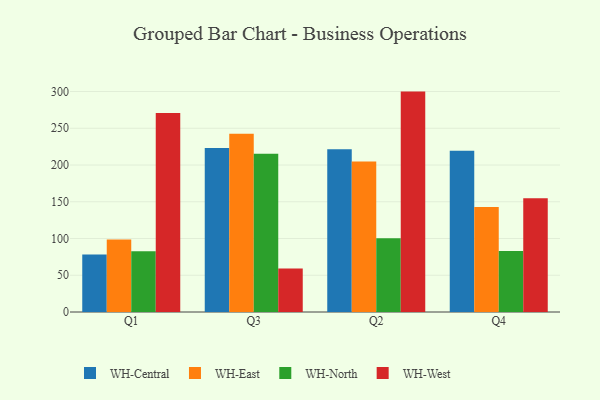
{"axis": {"x": "Quarter", "y": "Latency (ms)"}, "legend": ["WH-Central", "WH-East", "WH-North", "WH-West"], "data": [{"x": "Q1", "y": 78.3, "type": "WH-Central"}, {"x": "Q1", "y": 98.5, "type": "WH-East"}, {"x": "Q1", "y": 82.7, "type": "WH-North"}, {"x": "Q1", "y": 270.7, "type": "WH-West"}, {"x": "Q3", "y": 223.3, "type": "WH-Central"}, {"x": "Q3", "y": 242.4, "type": "WH-East"}, {"x": "Q3", "y": 215.4, "type": "WH-North"}, {"x": "Q3", "y": 59.3, "type": "WH-West"}, {"x": "Q2", "y": 221.5, "type": "WH-Central"}, {"x": "Q2", "y": 204.7, "type": "WH-East"}, {"x": "Q2", "y": 100.3, "type": "WH-North"}, {"x": "Q2", "y": 299.9, "type": "WH-West"}, {"x": "Q4", "y": 219.5, "type": "WH-Central"}, {"x": "Q4", "y": 142.9, "type": "WH-East"}, {"x": "Q4", "y": 83.1, "type": "WH-North"}, {"x": "Q4", "y": 154.7, "type": "WH-West"}]}